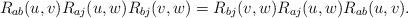
LaTeX: \begin{align*}R_{a b}(u,v)R_{aj}(u,w)R_{bj}(v,w)=R_{bj}(v,w)R_{aj}(u,w)R_{a b}(u,v).\end{align*}